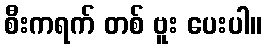
စီးကရက် တစ် ဗူး ပေးပါ။